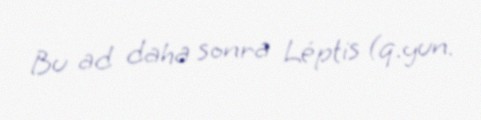
Bu ad daha sonra Léptis (q.yun.